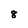
Character: 8